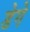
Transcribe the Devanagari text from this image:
डेगे